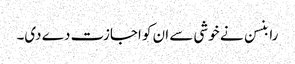
رابنسن نے خوشی سے ان کو اجازت دے دی۔